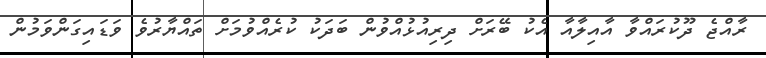
ރާއްޖެ ދޫކުރައްވާ އާއިލާއާ އެކު ބޭރަށް ދިރިއުޅުއްވުން ބަދަކު ކުރެއްވުމަށް ތައްޔާރުވެ ވަޑައިގަންވަމުން